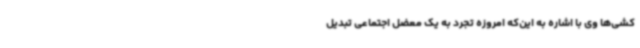
کشی‌ها وی با اشاره به این‌که امروزه تجرد به یک معضل اجتماعی تبدیل